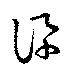
訊